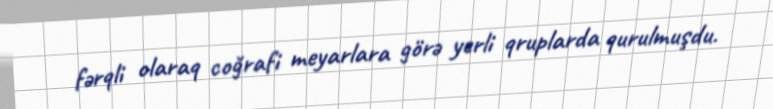
fərqli olaraq coğrafi meyarlara görə yerli qruplarda qurulmuşdu.